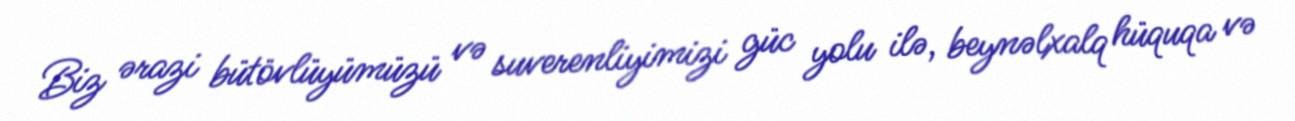
Biz ərazi bütövlüyümüzü və suverenliyimizi güc yolu ilə, beynəlxalq hüquqa və